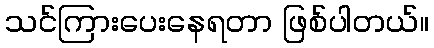
သင်ကြားပေးနေရတာ ဖြစ်ပါတယ်။